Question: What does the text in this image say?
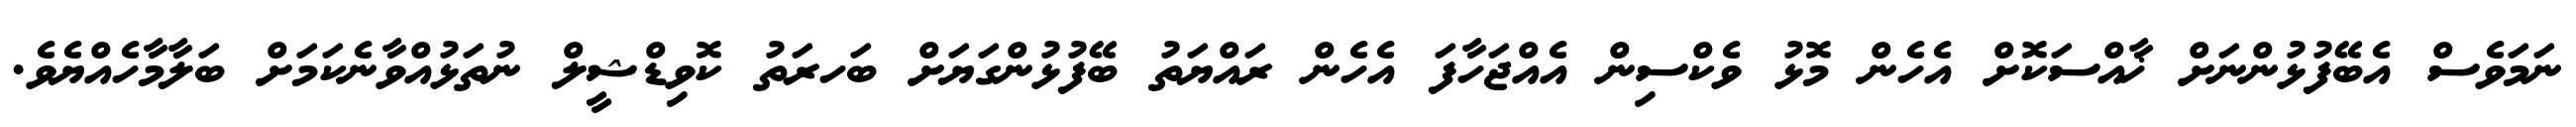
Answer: ނަމަވެސް އެބޭފުޅުންނަށް ޚާއްސަކޮށް އެހެން މޮޅު ވެކްސިން އެއްޖަހާފަ އެހެން ރައްޔަތު ބޭފުޅުންގަޔަށް ބަހރަތު ކޮވިޑްޝީލް ނުތަޅުއްވާނެކަމަށް ބަލާމާހެއްޔެވެ.